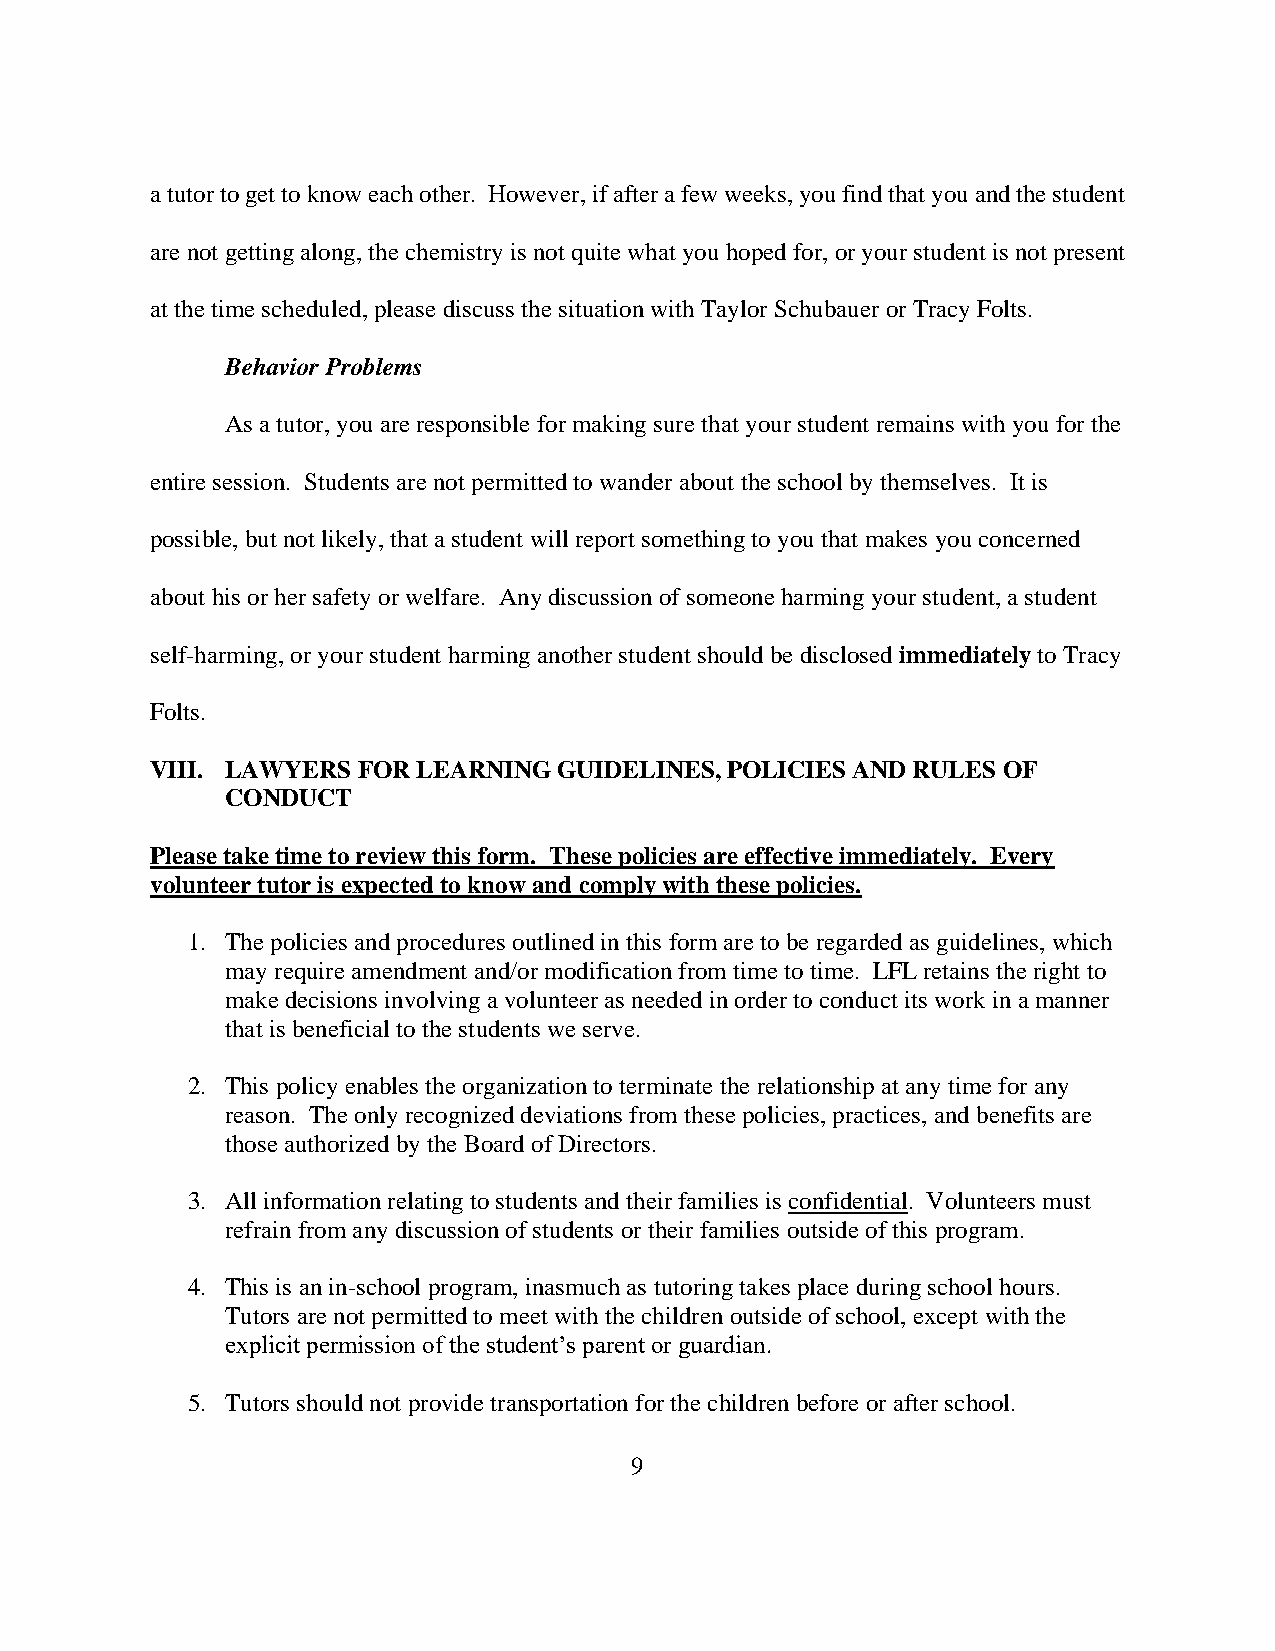
a tutor to get to know each other. However, if after a few weeks, you find that you and the student
 are not getting along, the chemistry is not quite what you hoped for, or your student is not present
 at the time scheduled, please discuss the situation with Taylor Schubauer or Tracy Folts.
 Behavior Problems
 As a tutor, you are responsible for making sure that your student remains with you for the
 entire session. Students are not permitted to wander about the school by themselves. It is
 possible, but not likely, that a student will report something to you that makes you concerned
 about his or her safety or welfare. Any discussion of someone harming your student, a student
 self-harming, or your student harming another student should be disclosed immediately to Tracy
 Folts.
 VIII. LAWYERS FOR LEARNING GUIDELINES, POLICIES AND RULES OF
 CONDUCT
 Please take time to review this form. These policies are effective immediately. Every
 volunteer tutor is expected to know and comply with these policies.
 1. The policies and procedures outlined in this form are to be regarded as guidelines, which
 may require amendment and/or modification from time to time. LFL retains the right to
 make decisions involving a volunteer as needed in order to conduct its work in a manner
 that is beneficial to the students we serve.
 2. This policy enables the organization to terminate the relationship at any time for any
 reason. The only recognized deviations from these policies, practices, and benefits are
 those authorized by the Board of Directors.
 3. All information relating to students and their families is confidential. Volunteers must
 refrain from any discussion of students or their families outside of this program.
 4. This is an in-school program, inasmuch as tutoring takes place during school hours.
 Tutors are not permitted to meet with the children outside of school, except with the
 explicit permission of the student’s parent or guardian.
 5. Tutors should not provide transportation for the children before or after school.
 9